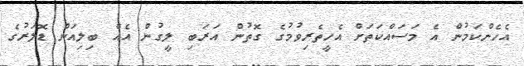
އެހެންކަމުން އެ މަސައްކަތަށް އެހީތެރިވުމުގެ ގޮތުން އަރަބި ލީގުން އެއް ބިލިއަން ޑޮލަރުގެ